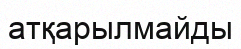
атқарылмайды